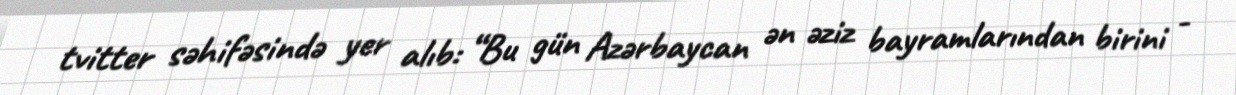
tvitter səhifəsində yer alıb: “Bu gün Azərbaycan ən əziz bayramlarından birini -